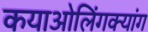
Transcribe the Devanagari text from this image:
कयाओलिंगक्यांग